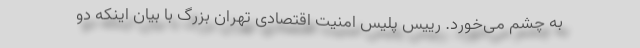
به چشم می‌خورد. رییس پلیس امنیت اقتصادی تهران بزرگ با بیان اینکه دو